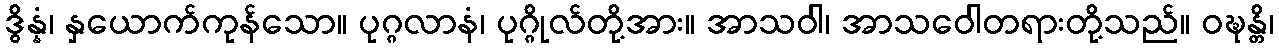
ဒွိန္နံ၊ နှယောက်ကုန်သော။ ပုဂ္ဂလာနံ၊ ပုဂ္ဂိုလ်တို့အား။ အာသဝါ၊ အာသဝေါတရားတို့သည်။ ဝဍ္ဎန္တိ၊